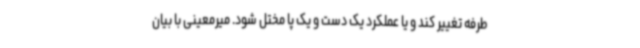
طرفه تغییر کند و یا عملکرد یک دست و یک پا مختل شود. میرمعینی با بیان